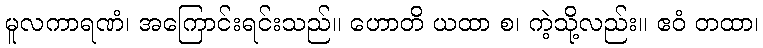
မူလကာရဏံ၊ အကြောင်းရင်းသည်။ ဟောတိ ယထာ စ၊ ကဲ့သို့လည်း။ ဧဝံ တထာ၊